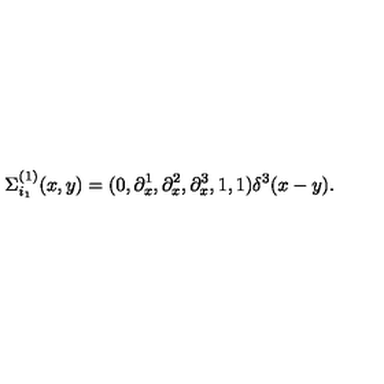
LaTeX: \Sigma _ { i _ { 1 } } ^ { ( 1 ) } ( x , y ) = ( 0 , \partial _ { x } ^ { 1 } , \partial _ { x } ^ { 2 } , \partial _ { x } ^ { 3 } , 1 , 1 ) \delta ^ { 3 } ( x - y ) .